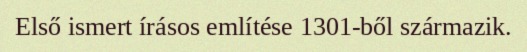
Első ismert írásos említése 1301-ből származik.